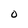
Character: O